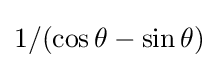
1/(\cos \theta -\sin \theta )